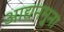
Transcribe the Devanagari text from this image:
आद्यनमुना